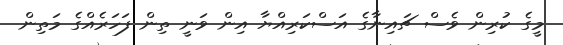
މީގެ ކުރިން ވެސް ޗައިނާގެ އަސްކަރިއްޔާ އިން ވަނީ ތިން ފަހަރެއްގެ މަތިން